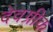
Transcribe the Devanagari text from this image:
देवग्रीक